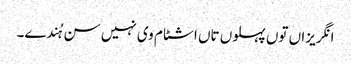
انگریزاں توں پہلوں تاں اشٹام وی نہیں سن ہُندے۔